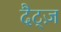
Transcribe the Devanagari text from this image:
दैट्ज़